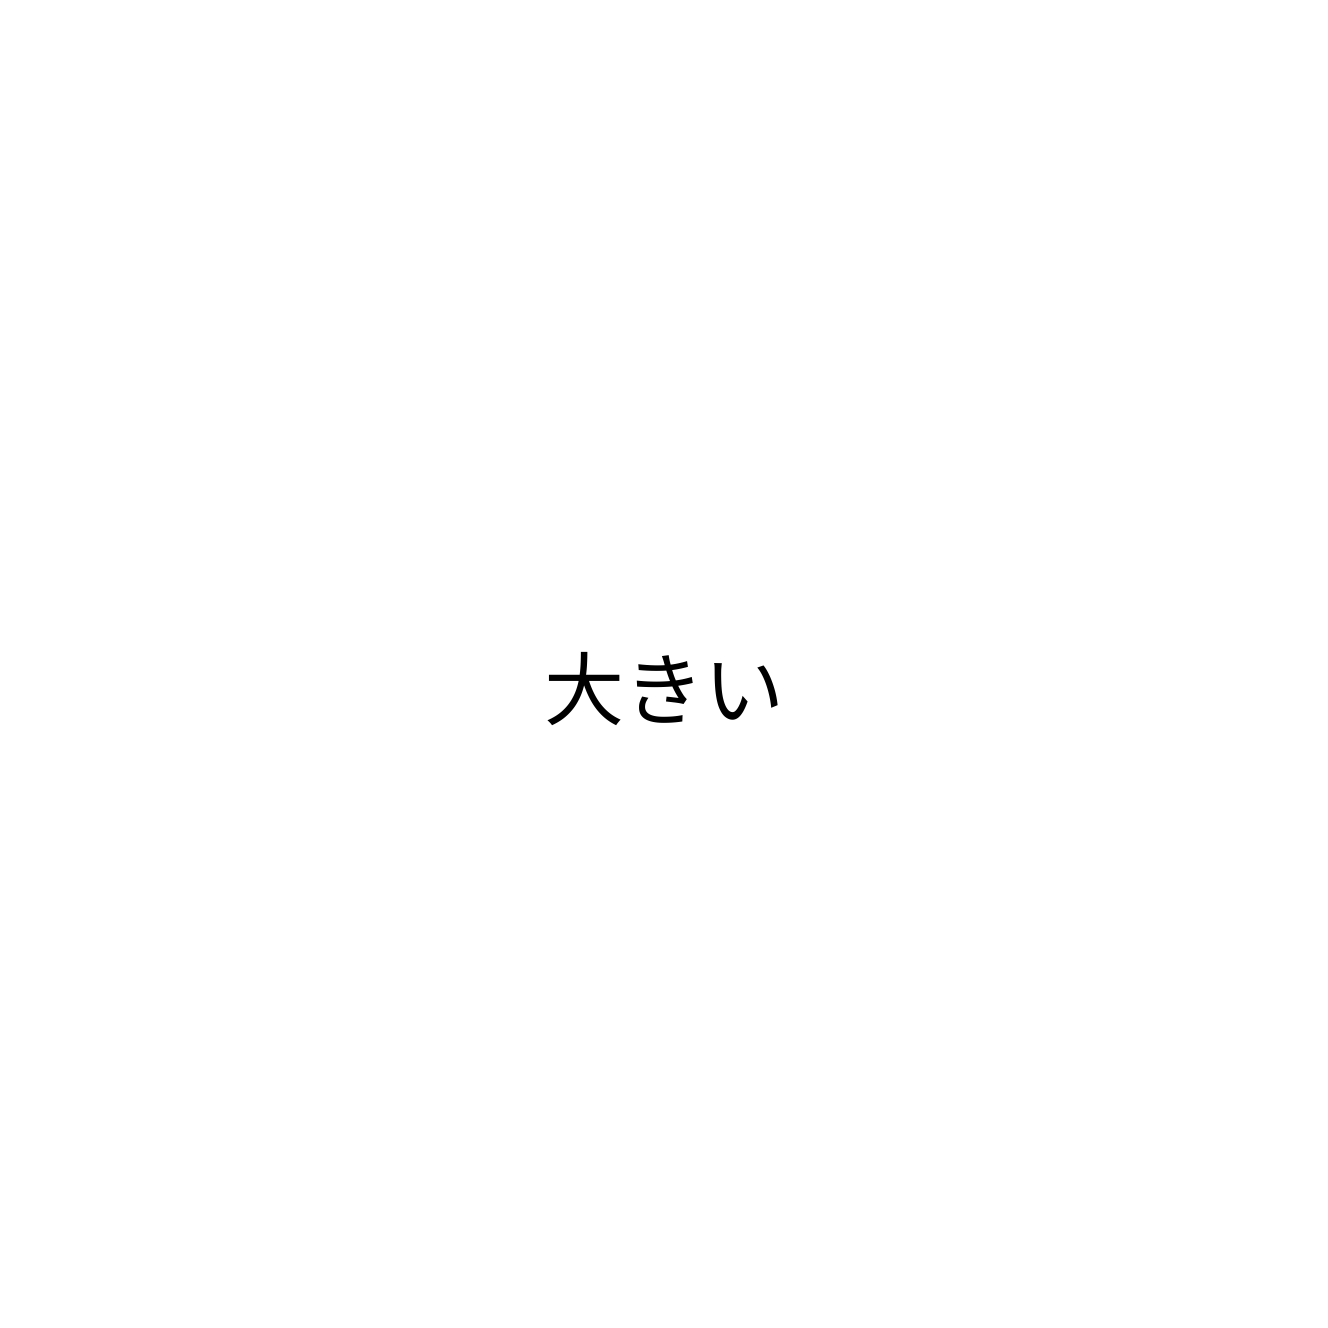
大きい